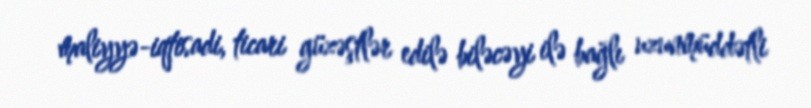
maliyyə-iqtisadi, ticari güzəştlər edilə biləcəyi ilə bağlı uzunmüddətli